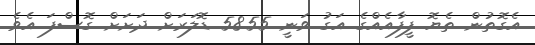
އެގޮތުން ތެޔޮ ފީފާއެއްގެ އަގު ވަނީ 58.55 ޑޮލަރަށް ދަށަށް ގޮސްފަ އެވެ.